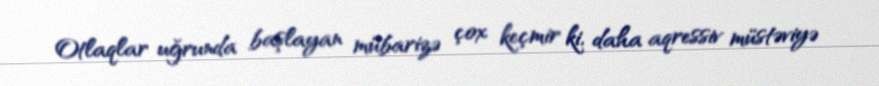
Otlaqlar uğrunda başlayan mübarizə çox keçmir ki, daha aqressiv müstəviyə